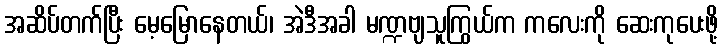
အဆိပ်တက်ပြီး မေ့မြောနေတယ်၊ အဲဒီအခါ မဏ္ဍဗျသူကြွယ်က ကလေးကို ဆေးကုပေးဖို့